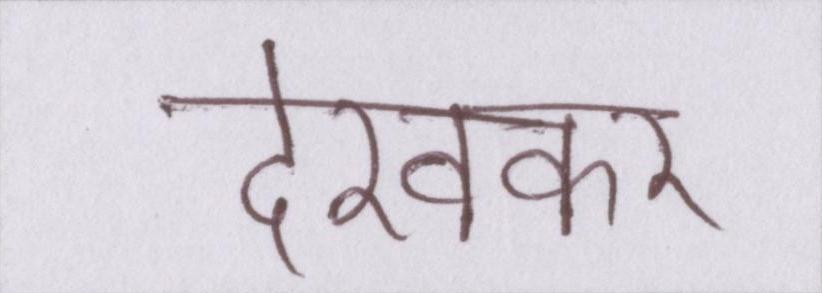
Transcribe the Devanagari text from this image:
देखकर